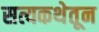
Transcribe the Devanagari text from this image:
सत्यकथेतून